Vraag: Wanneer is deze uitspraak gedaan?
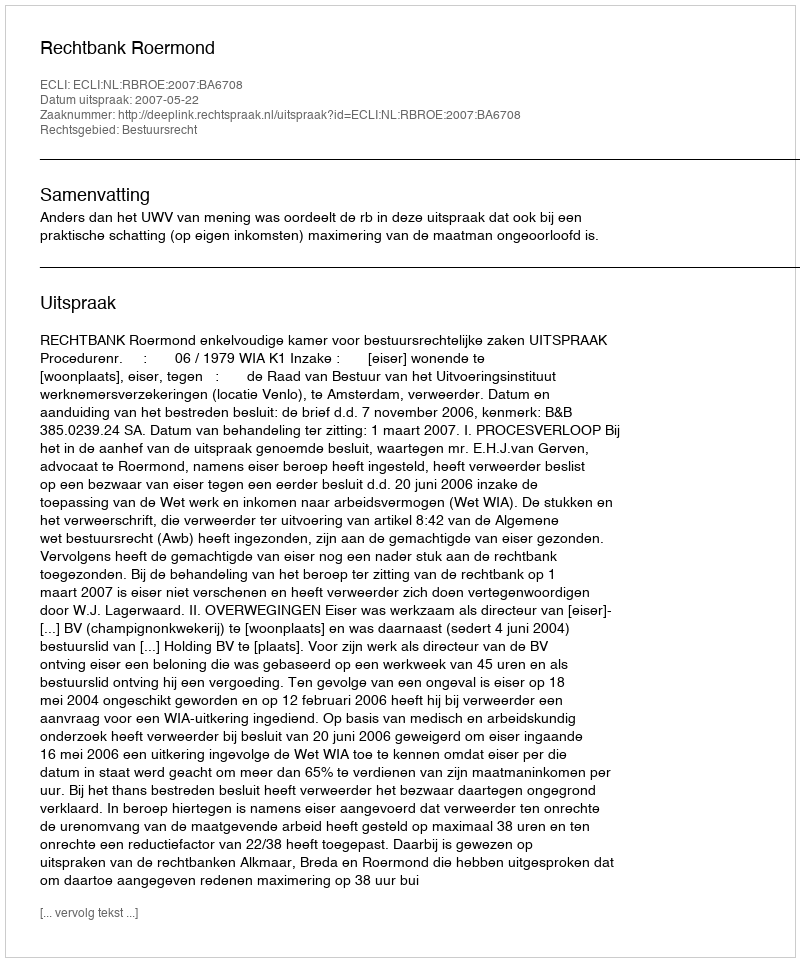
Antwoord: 2007-05-22